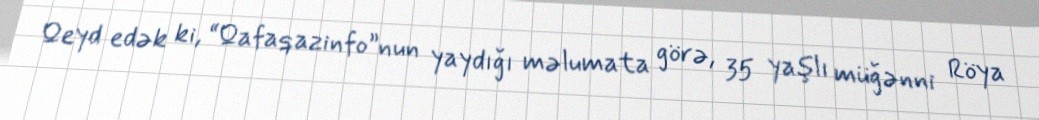
Qeyd edək ki, “Qafaqazinfo”nun yaydığı məlumata görə, 35 yaşlı müğənni Röya